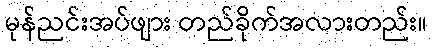
မုန်ညင်းအပ်ဖျား တည်ခိုက်အလားတည်း။